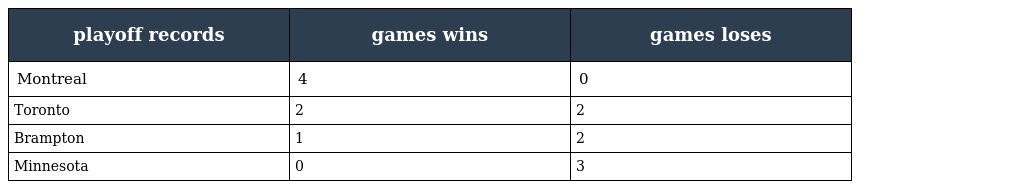
| playoff records | games wins | games loses |
 | --- | --- | --- |
 | Montreal | 4 | 0 |
 | Toronto | 2 | 2 |
 | Brampton | 1 | 2 |
 | Minnesota | 0 | 3 |